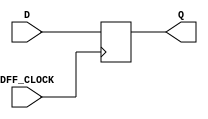
`timescale 1ns / 1ps
//////////////////////////////////////////////////////////////////////////////////
// Company: 
// Engineer: 
// 
// Design Name: 
// Module Name: my_dff
// Project Name: 
// Target Devices: 
// Tool Versions: 
// Description: 
// 
// Dependencies: 
// 
// Revision:
// Revision 0.01 - File Created
// Additional Comments:
// 
//////////////////////////////////////////////////////////////////////////////////


module my_dff(input DFF_CLOCK, D, output reg Q = 0);

    always @(posedge DFF_CLOCK) 
    begin
        Q <= D;
    end
    
endmodule